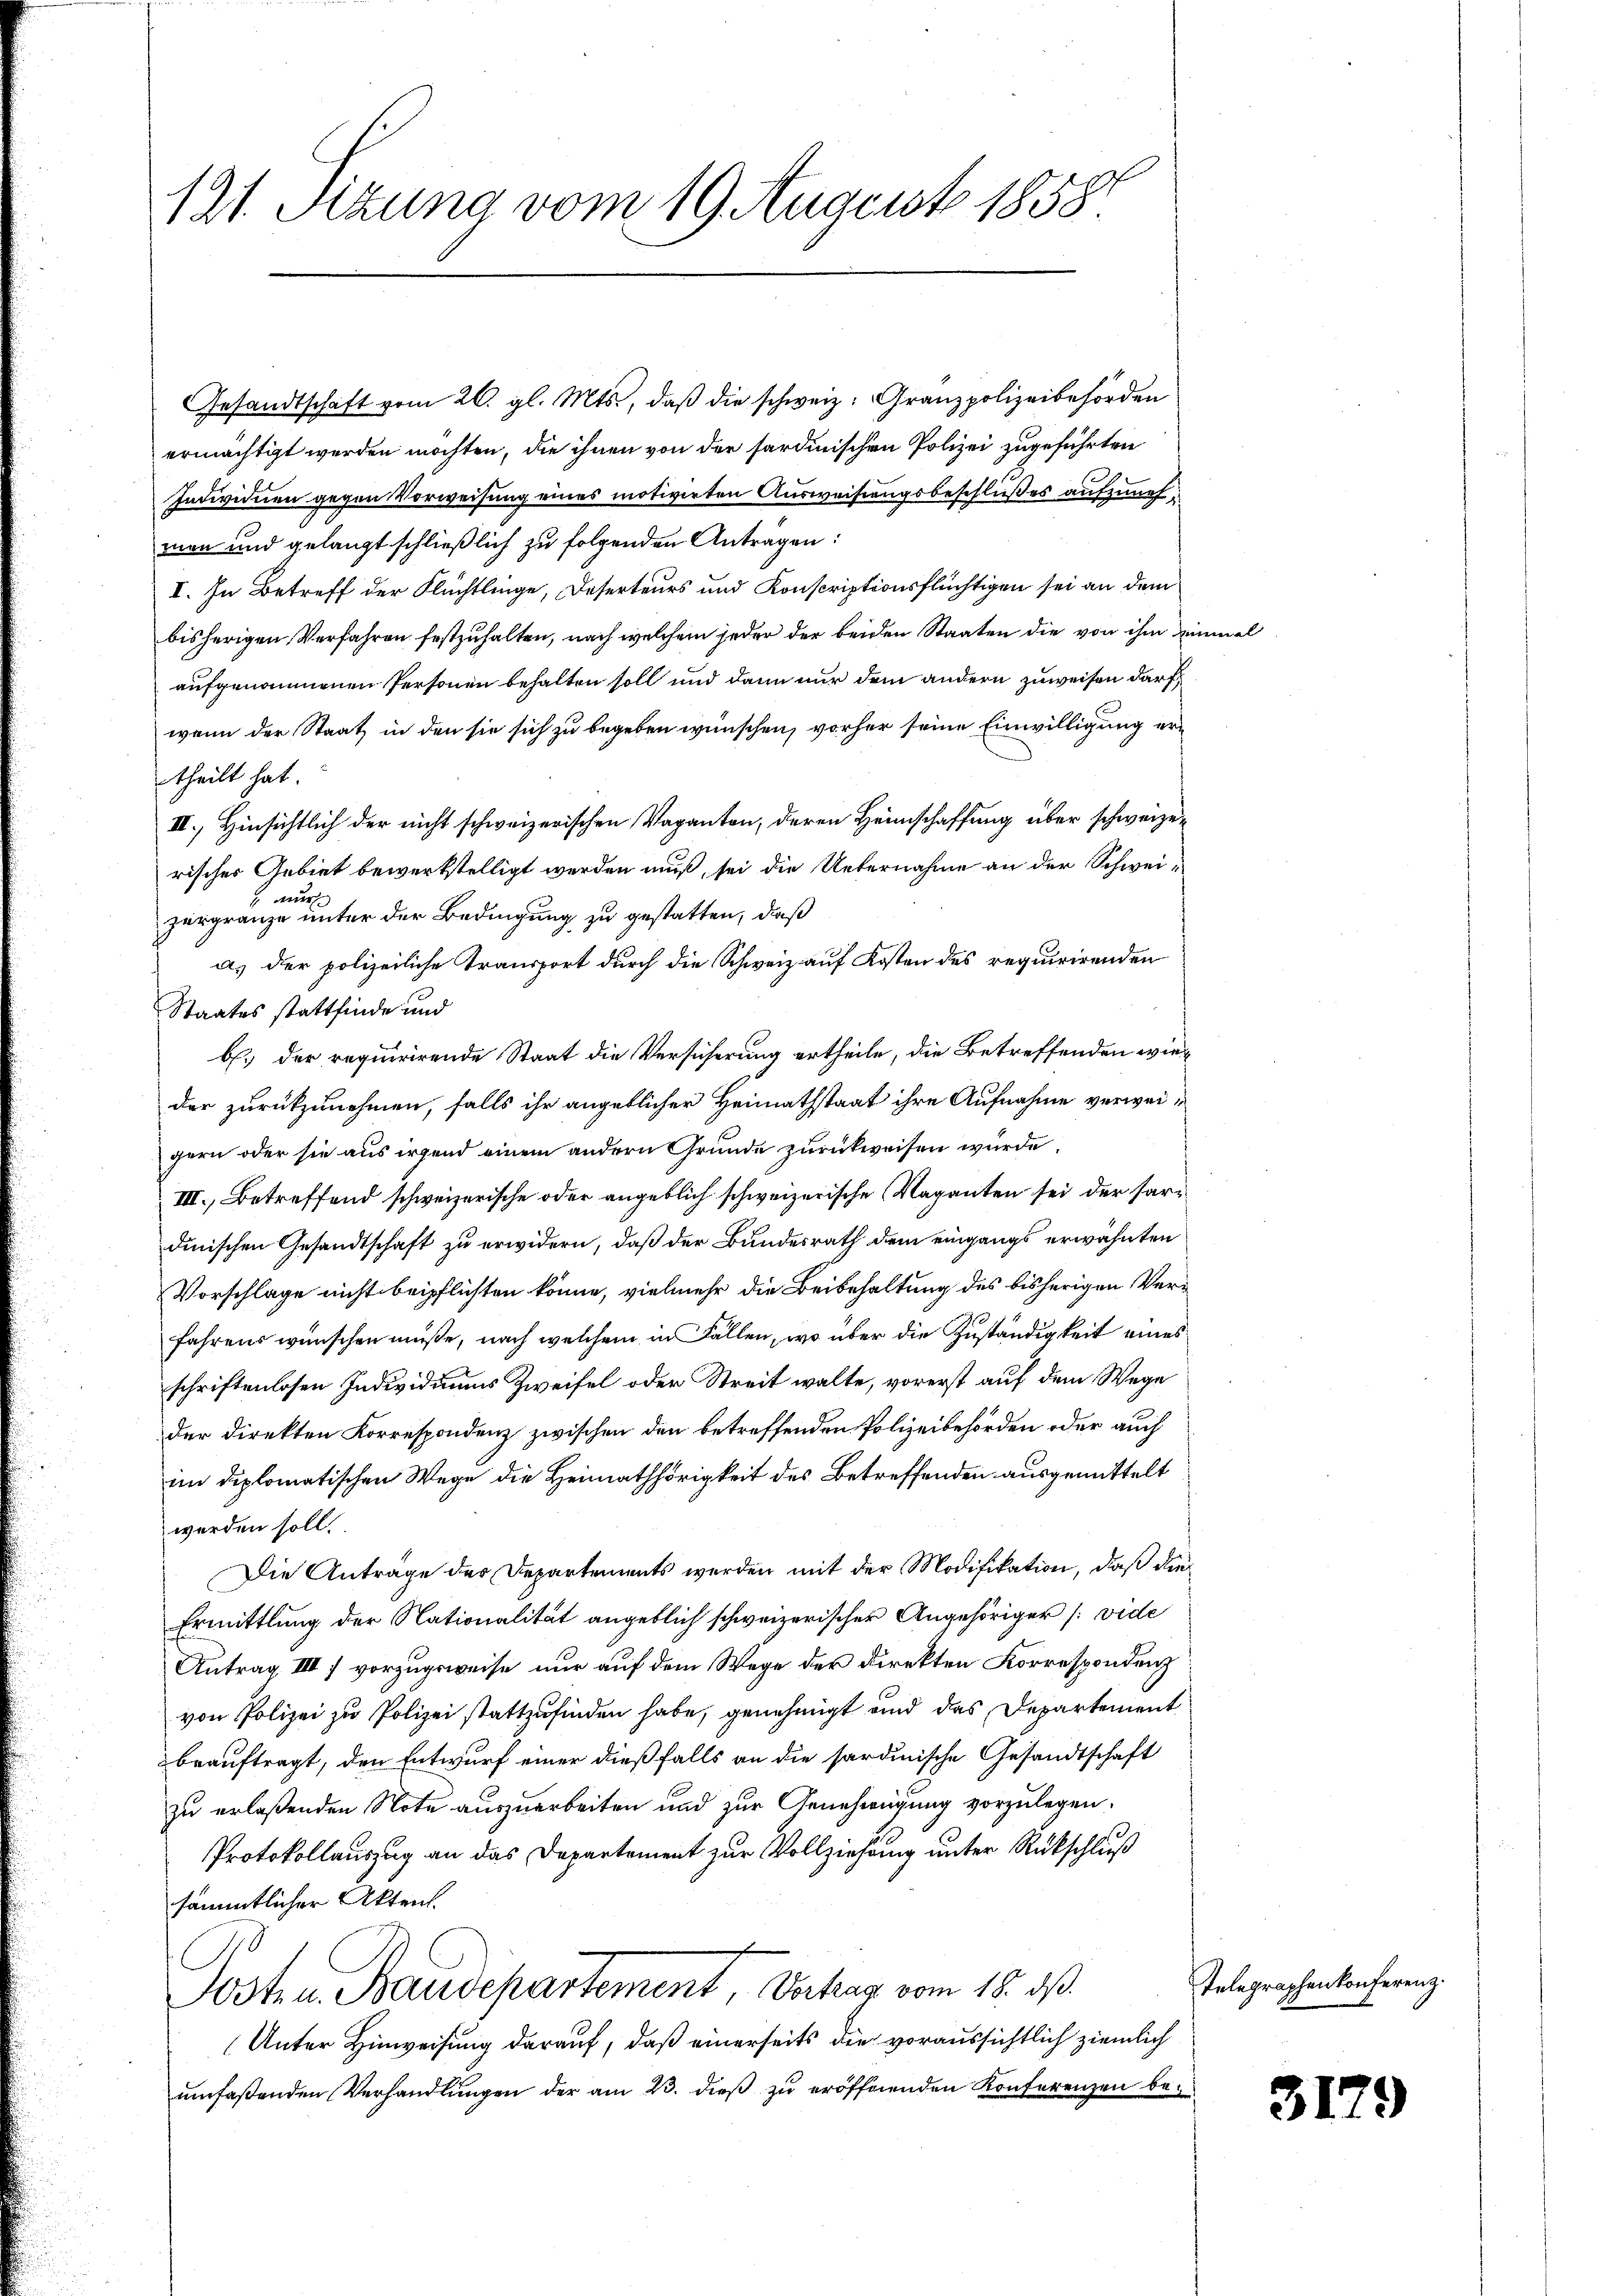
121. Sizung vom 19. August 1858.

Gesandtschaft vom 26. gl. Mts., daß die schweiz. Granzpolizeibehörden
ermächtigt werden möchten, die ihnen von der sardinischen Polizei zugeführten
Individuen gegen Vorweisung eines motivirten Ausweisungsbeschließes aufzunehmen und gelangt schließlich zu folgenden Antragen:
I. In Betreff der Flüchtlinge, Deserteurs und Konscriptionsflüchtigen sei an dem
bisherigen Verfahren festzuhalten, nach welchem jeder der beiden Staaten die von ihm einmal
aufgenommenen Personen behalten soll und dann nur dem andern zuweisen darf,
wenn der Staat in den sie sich zu begeben wünschen, vorher seine Einwilligung ertheilt hat.
III., Hinsichtlich der nicht schweizerischen Vaganten, deren Heimschaffung über schweizerisches Gebiet bewerkstelligt werden muß, sei die Uebernahme an der Schweizergränze unter der Bedingung zu gestatten, daß
a. der polizeiliche Transport durch die Schweiz auf Kosten des requirirenden
Staates stattfinde und
b. der requirirende Staat die Versicherung ertheile, die Betreffenden wieder zurückzunehmen, falls ihr angeblicher Heimathstaat ihre Aufnahme verweigern oder sie aus irgend einem andern Grunde zurückweisen würde.
III., Betreffend schweizerische oder angeblich schweizerische Vaganten sei der Pardinischen Gesandtschaft zu erwidern, daß der Bundesrath dem eingangs erwähnten
Vorschlage nicht beipflichten könne, vielmehr die Beibehaltung des bisherigen Verfahrens wünschen müße, nach welchem in Fällen, wo über die Zuständigkeit eines
schriftenlosen Individiums Zweifel oder Streit walte, vorerst auf dem Wege
der Direkten Korrespondenz zwischen den betreffenden Polizeibehörden oder auch
im diplomatischen Wege die Heimathörigkeit des Betreffenden ausgemittelt
werden soll.
Die Anträge des Departements werden mit der Modifikation, daß die
Ermittlung der Nationalität angeblich schweizerischer Angehöriger [vide
Antrag IIII) vorzugeweise nur auf dem Wege des Direkten Korrespondenz
von Polizei zu Polizei stattzufinden habe, genehmigt und das Departement
beauftragt, den Entwurf einer dießfalls an die sardinische Gesandtschaft
zu erlaßenden Note auszuarbeiten und zur Genehmigung vorzulegen.
Protokollauszug an das Departement zur Vollziehung unter Rückschluß
sämmtlicher Akten.
Posten Baudepartement, Antrag vom 18. ds.
(Unter Hinweisung darauf, daß einerseits die voraussichtlich ziemlich
umfaßenden Verhandlungen der am 23. dieß zu eröffnenden Konferenzen bei

Telegraphenkonferenz.

3179